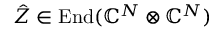
\hat { Z } \in \operatorname { E n d } ( \mathbb { C } ^ { N } \otimes \mathbb { C } ^ { N } )